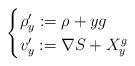
LaTeX: \begin{align*}\begin{cases}\rho'_y := \rho +yg\\v'_y := \nabla S + X_y^g\end{cases}\end{align*}